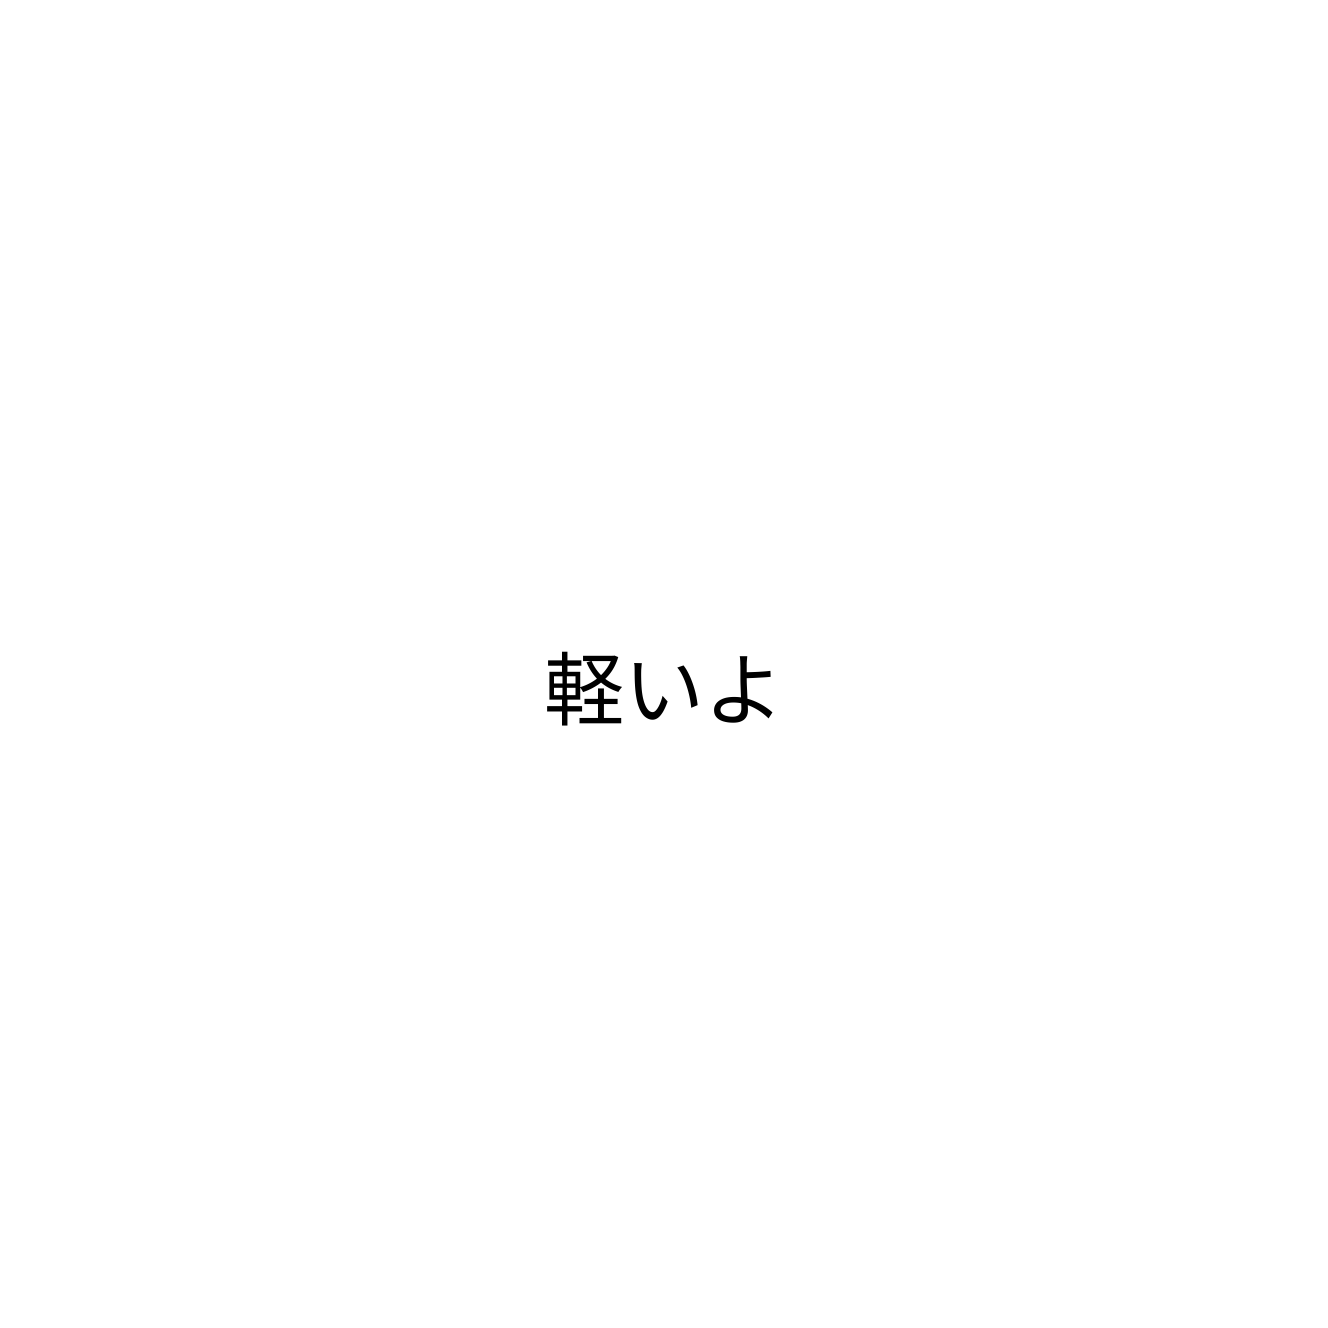
軽いよ